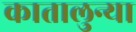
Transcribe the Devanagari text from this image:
कातालुन्या